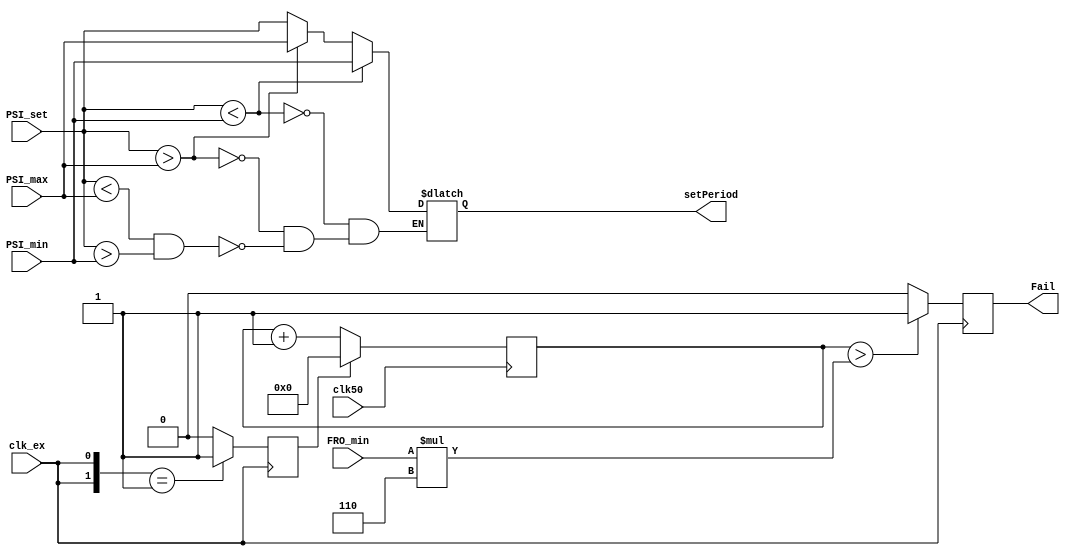
module clock_monitoring (input clk50 , input clk_ex , input [7:0]PSI_set , input [7:0]PSI_min , input [7:0]PSI_max ,
                        input [7:0]FRO_min , output reg Fail , output reg [7:0]setPeriod);

    always @(PSI_set , PSI_min , PSI_max) begin
        if (PSI_set < PSI_min) setPeriod <= PSI_min;
        else if (PSI_set > PSI_max) setPeriod <= PSI_max;
        else if ((PSI_set < PSI_max) && (PSI_set > PSI_min)) setPeriod <= PSI_set;
    end

    reg [15:0]counter;
    reg previous , rst;

    always @(clk50) begin
        previous <= clk_ex;
    end

    always @(posedge clk_ex) begin
        Fail <= (counter > (FRO_min*6)) ? 1 : 0;
        rst <= ({previous,clk_ex} == 2'b01) ? 1 : 0;
    end
    
    always @(posedge clk50) begin
        if(rst) counter <= 0;
        else counter <= (counter + 1);
    end

endmodule

/*module TB();

    reg [7:0]fromin = 1;
    reg [7:0]set = 100;
    reg [7:0]min = 60;
    reg [7:0]max = 190;
    wire [7:0]period;
    reg clk_ex = 1 , clk50 = 1;
    wire fail;
    clock_monitoring test(.clk50(clk50),.clk_ex(clk_ex),.Fail(fail),.FRO_min(fromin),
                          .PSI_set(set),.PSI_min(min),.PSI_max(max),.setPeriod(period));

    always #10 clk50 = ~clk50;
    always #45 clk_ex = ~clk_ex;
    initial begin
        #1500
        fromin = 2;
        set = 200;
        #1000
        set = 50;
        #1000
        set = 150;
        #5000 $stop;
    end
    
endmodule*/